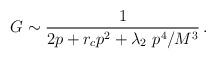
LaTeX: \begin{align*}G\sim \frac{1}{2p+r_cp^2+\lambda_2~p^{4}/M^3}\,.\end{align*}